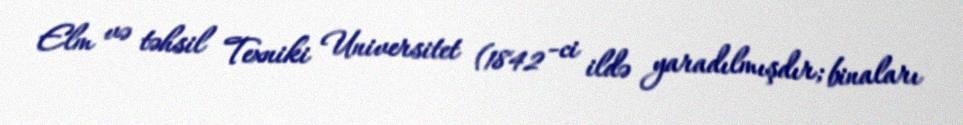
Elm və təhsil Texniki Universitet (1842 -ci ildə yaradılmışdır; binaları